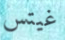
غيتس